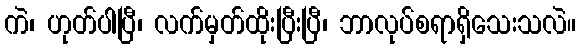
ကဲ၊ ဟုတ်ပါပြီ၊ လက်မှတ်ထိုးပြီးပြီ၊ ဘာလုပ်စရာရှိသေးသလဲ။